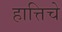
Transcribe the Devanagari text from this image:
हात्तिचे